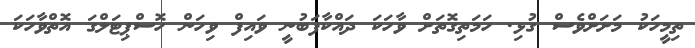
ތިމީހަކު މަށަށްވެސް ގުޅި. ހަމަތިގޮތަށް ވާހަކަ ދައްކާފަބުނީ ވައިފް ވިހަން ހޮސްޕިޓަލްގަ އޮތްވާހަކަ